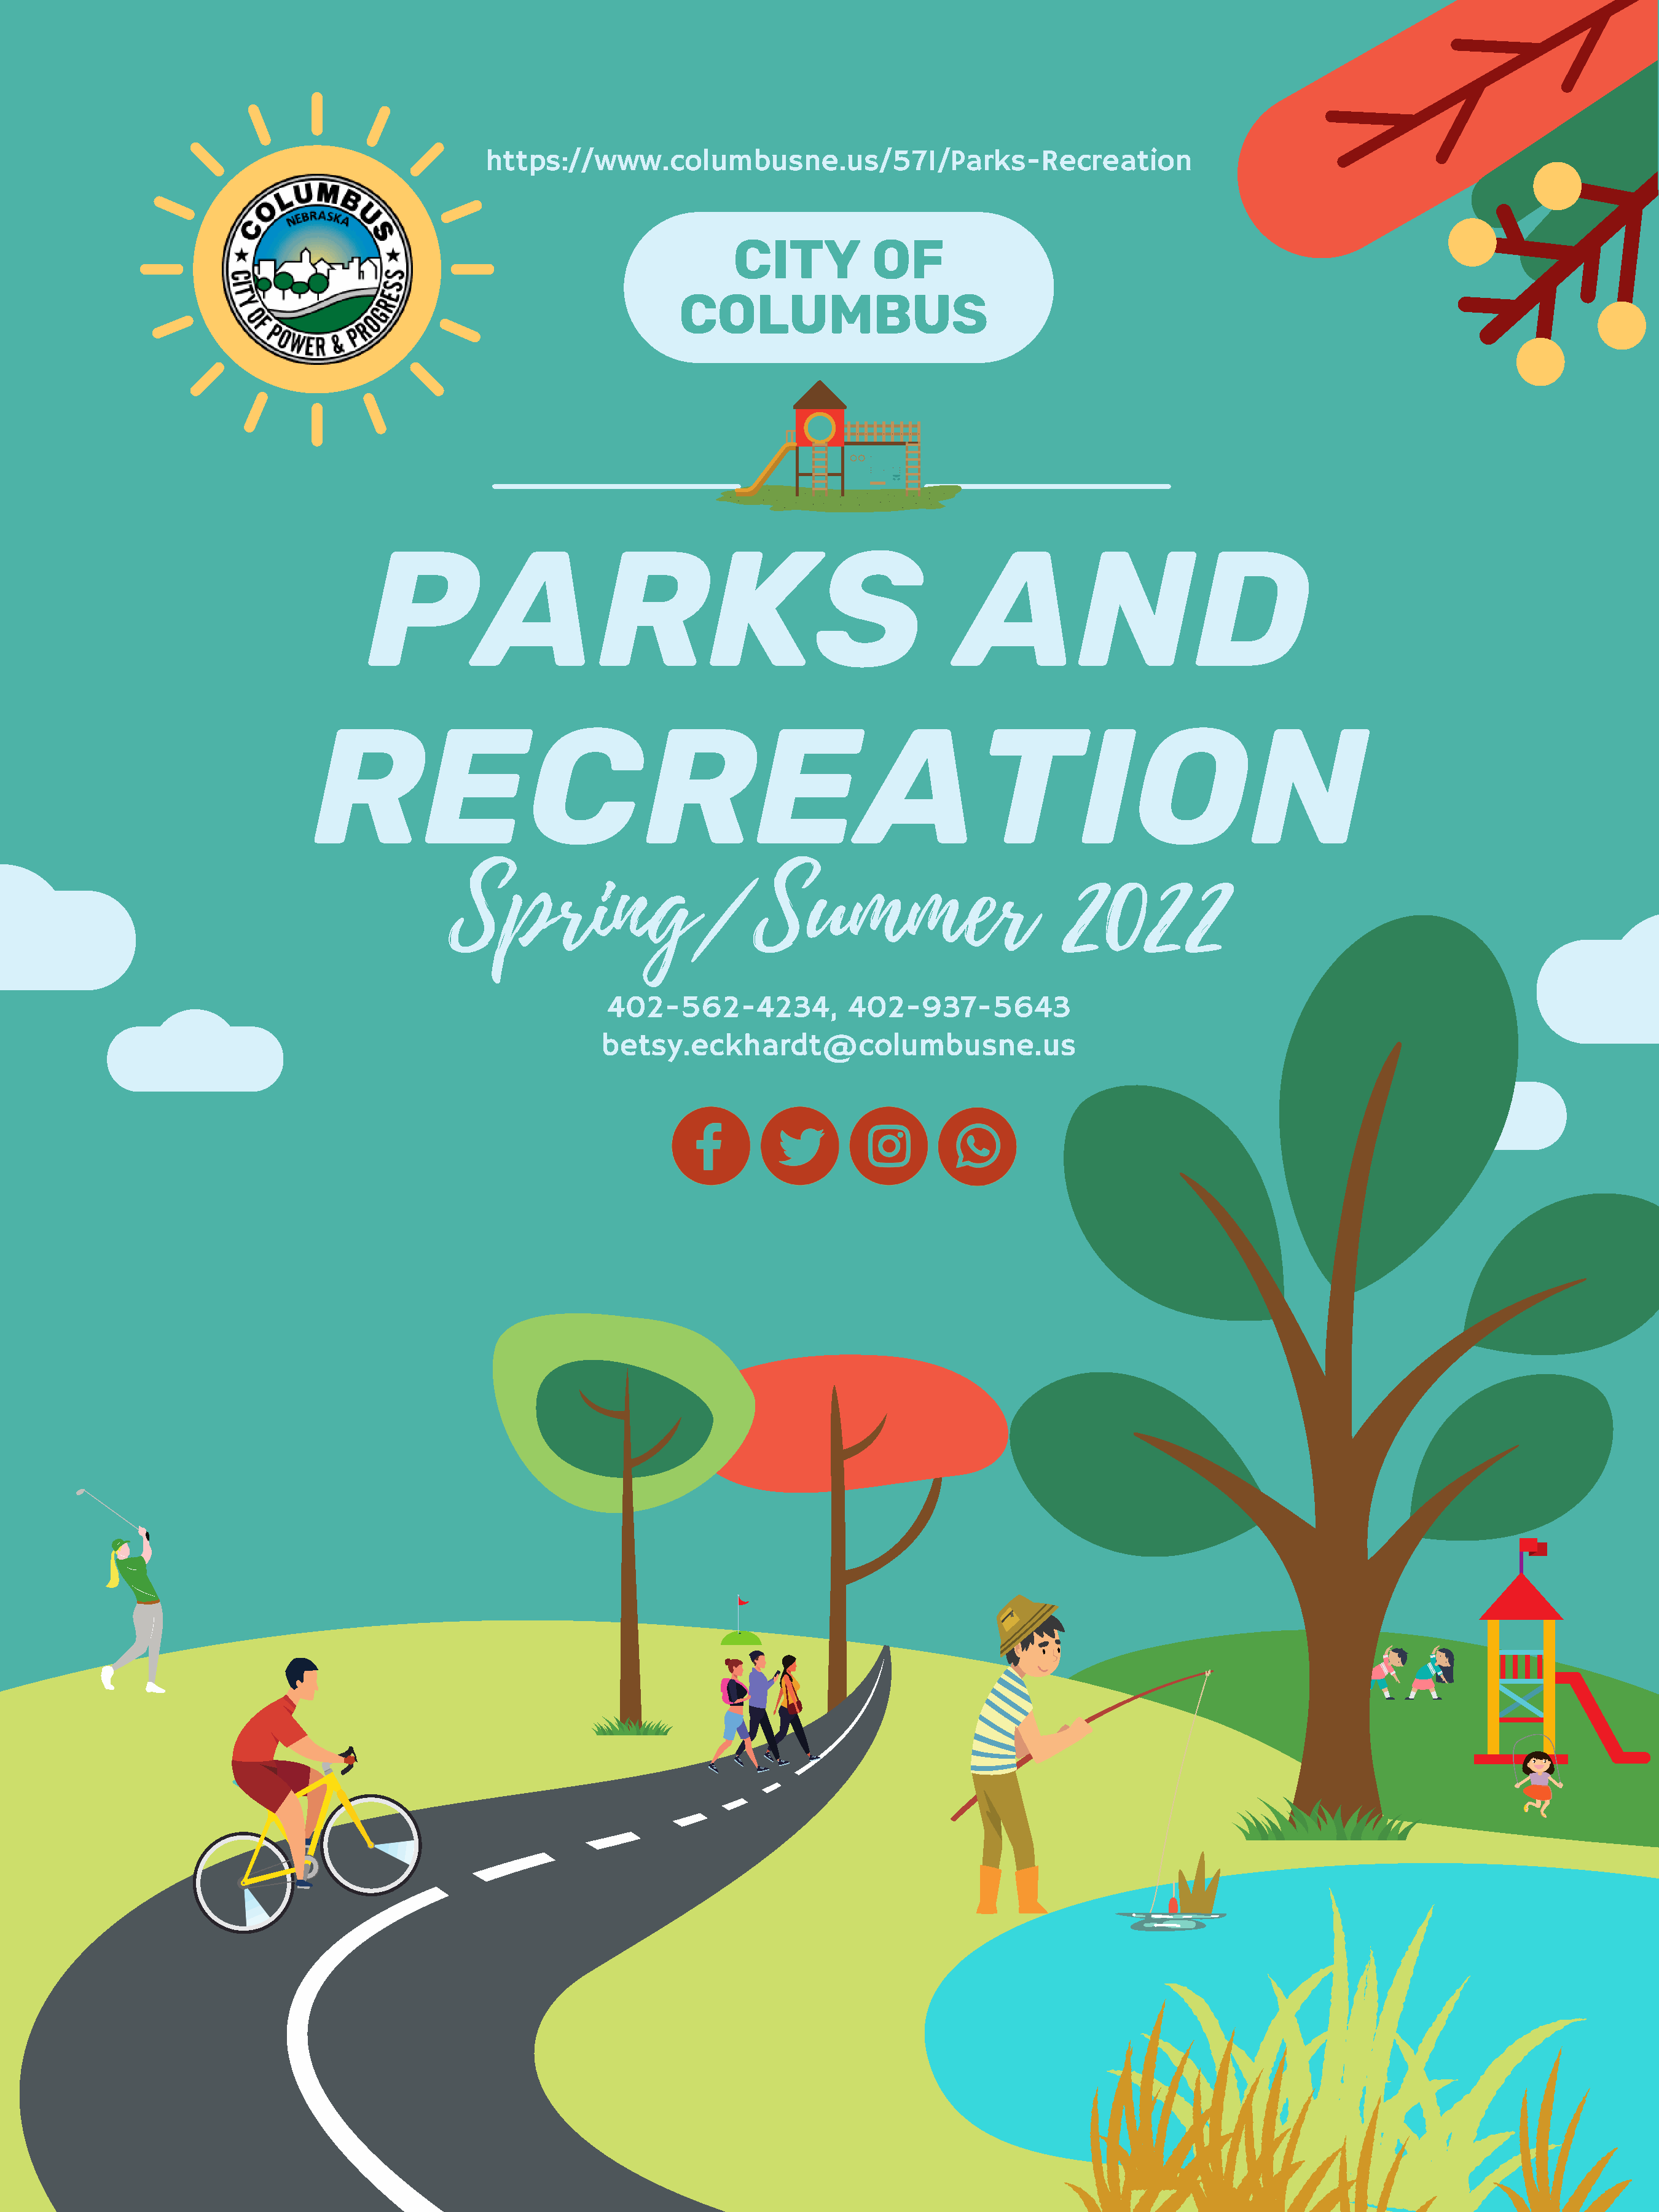
https://www.columbusne.us/571/Parks-Recreation
 CITY           OF
 COLUMBUS
 PARKS                                                          AND
 RECREATION
 Spring/Summer                                                      2022
 402-562-4234,             402-937-5643
 betsy.eckhardt@columbusne.us